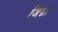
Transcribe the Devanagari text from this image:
जिग्ना